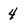
Character: 4